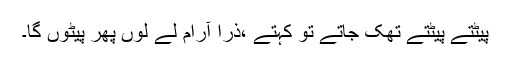
پیٹتے پیٹتے تھک جاتے تو کہتے ،ذرا آرام لے لوں پھر پیٹوں گا۔